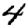
Digit: 4